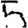
Digit: 5